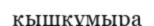
қышқұмыра